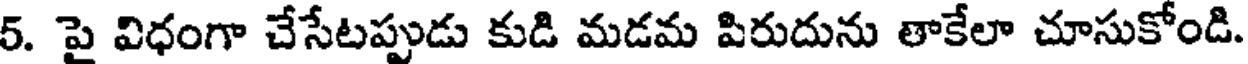
5. పై విధంగా చేసేటప్పుడు కుడి మడమ పిరుదును తాకేలా చూసుకోండి